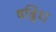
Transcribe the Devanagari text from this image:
षड्विध